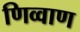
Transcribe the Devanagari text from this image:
णिव्वाण